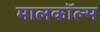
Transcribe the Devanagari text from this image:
मालकॉल्म